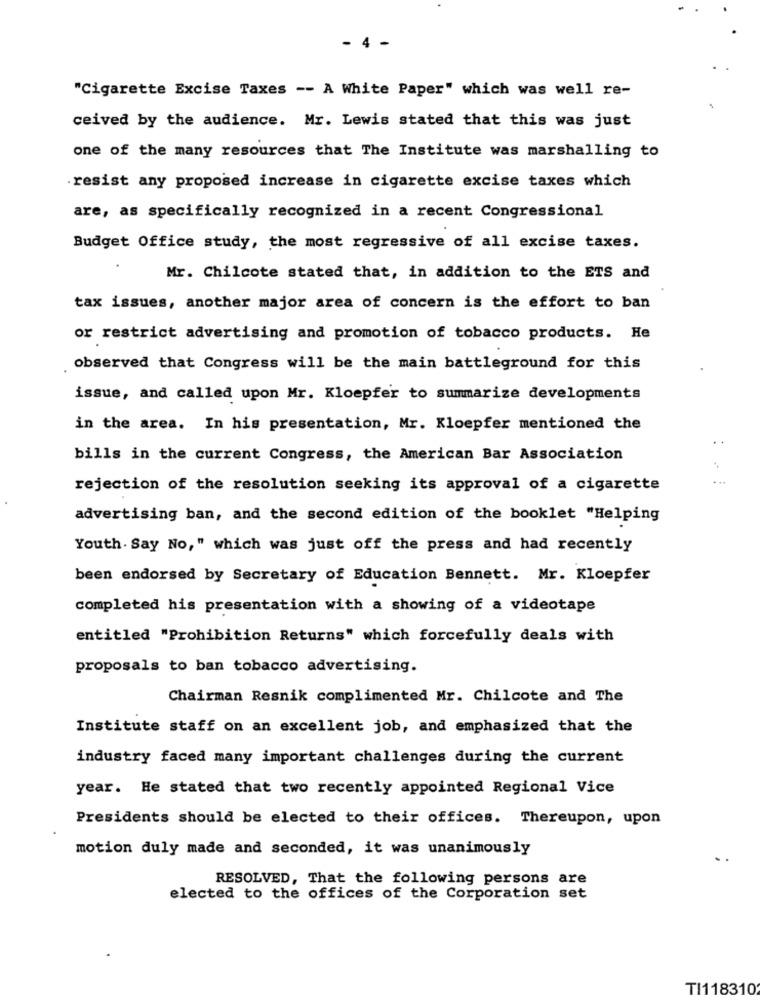
- 4 -
"Cigarette Excise Taxes -- A White Paper" which was well re-
ceived by the audience. Mr. Lewis stated that this was just
one of the many resources that The Institute was marshalling to
resist any proposed increase in cigarette excise taxes which
are, as specifically recognized in a recent Congressional
Budget Office study, the most regressive of all excise taxes.
Mr. Chilcote stated that, in addition to the ETS and
tax issues, another major area of concern is the effort to ban
or restrict advertising and promotion of tobacco products. He
observed that Congress will be the main battleground for this
issue, and called upon Mr. Kloepfer to summarize developments
in the area. In his presentation, Mr. Kloepfer mentioned the
bills in the current Congress, the American Bar Association
rejection of the resolution seeking its approval of a cigarette
advertising ban, and the second edition of the booklet "Helping
Youth. Say No," which was just off the press and had recently
been endorsed by Secretary of Education Bennett. Mr. Kloepfer
completed his presentation with a showing of a videotape
entitled "Prohibition Returns" which forcefully deals with
proposals to ban tobacco advertising.
Chairman Resnik complimented Mr. Chilcote and The
Institute staff on an excellent job, and emphasized that the
industry faced many important challenges during the current
year. He stated that two recently appointed Regional Vice
Presidents should be elected to their offices. Thereupon, upon
motion duly made and seconded, it was unanimously
RESOLVED, That the following persons are
elected to the offices of the Corporation set
TI118310